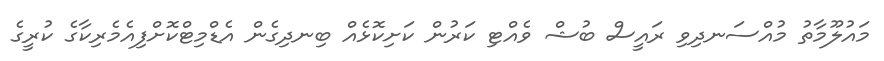
މައުލޫމާތު މުއްސަނދިވި ރައީސް ބުޝް ވެއްޓި ކަރުން ކަށިކޮޅެއް ބިނދިގެން އެޑްމިޓްކޮށްފިއެމެރިކާގެ ކުރީގެ